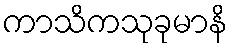
ကာသိကသုခုမာနိ